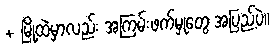
+ မြို့ထဲမှာလည်း အကြမ်းဖက်မှုတွေ အပြည့်ပဲ။